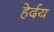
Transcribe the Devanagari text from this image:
हेर्दय